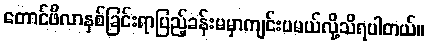
တောင်ဖီလာနှစ်ခြင်းရာပြည့်ခန်းမမှာကျင်းပမယ်လို့သိရပါတယ်။